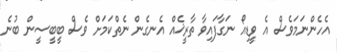
އެހެންނަމަވެސް އެ ވީޑިއޯ ނަގާފައިވާ ތާރީޚެއް އެނގެން ނެތްކަމަށް ވެސް ބީބީސީން ބުނެ